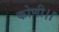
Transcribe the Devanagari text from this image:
कोणी।।